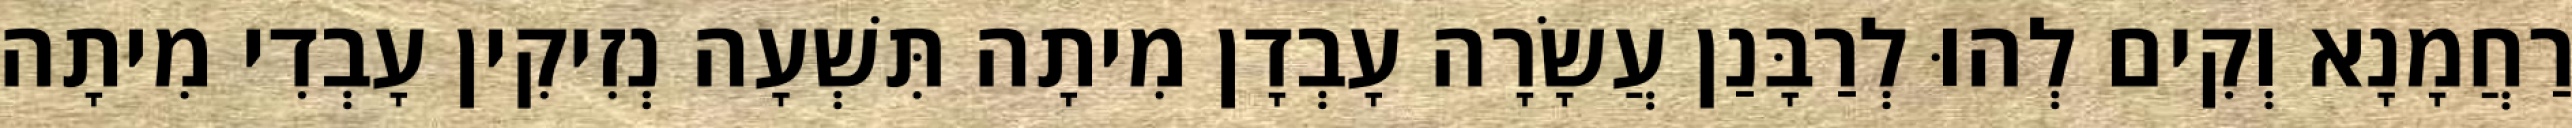
רַחֲמָנָא וְקִים לְהוּ לְרַבָּנַן עֲשָׂרָה עָבְדָן מִיתָה תִּשְׁעָה נְזִיקִין עָבְדִי מִיתָה